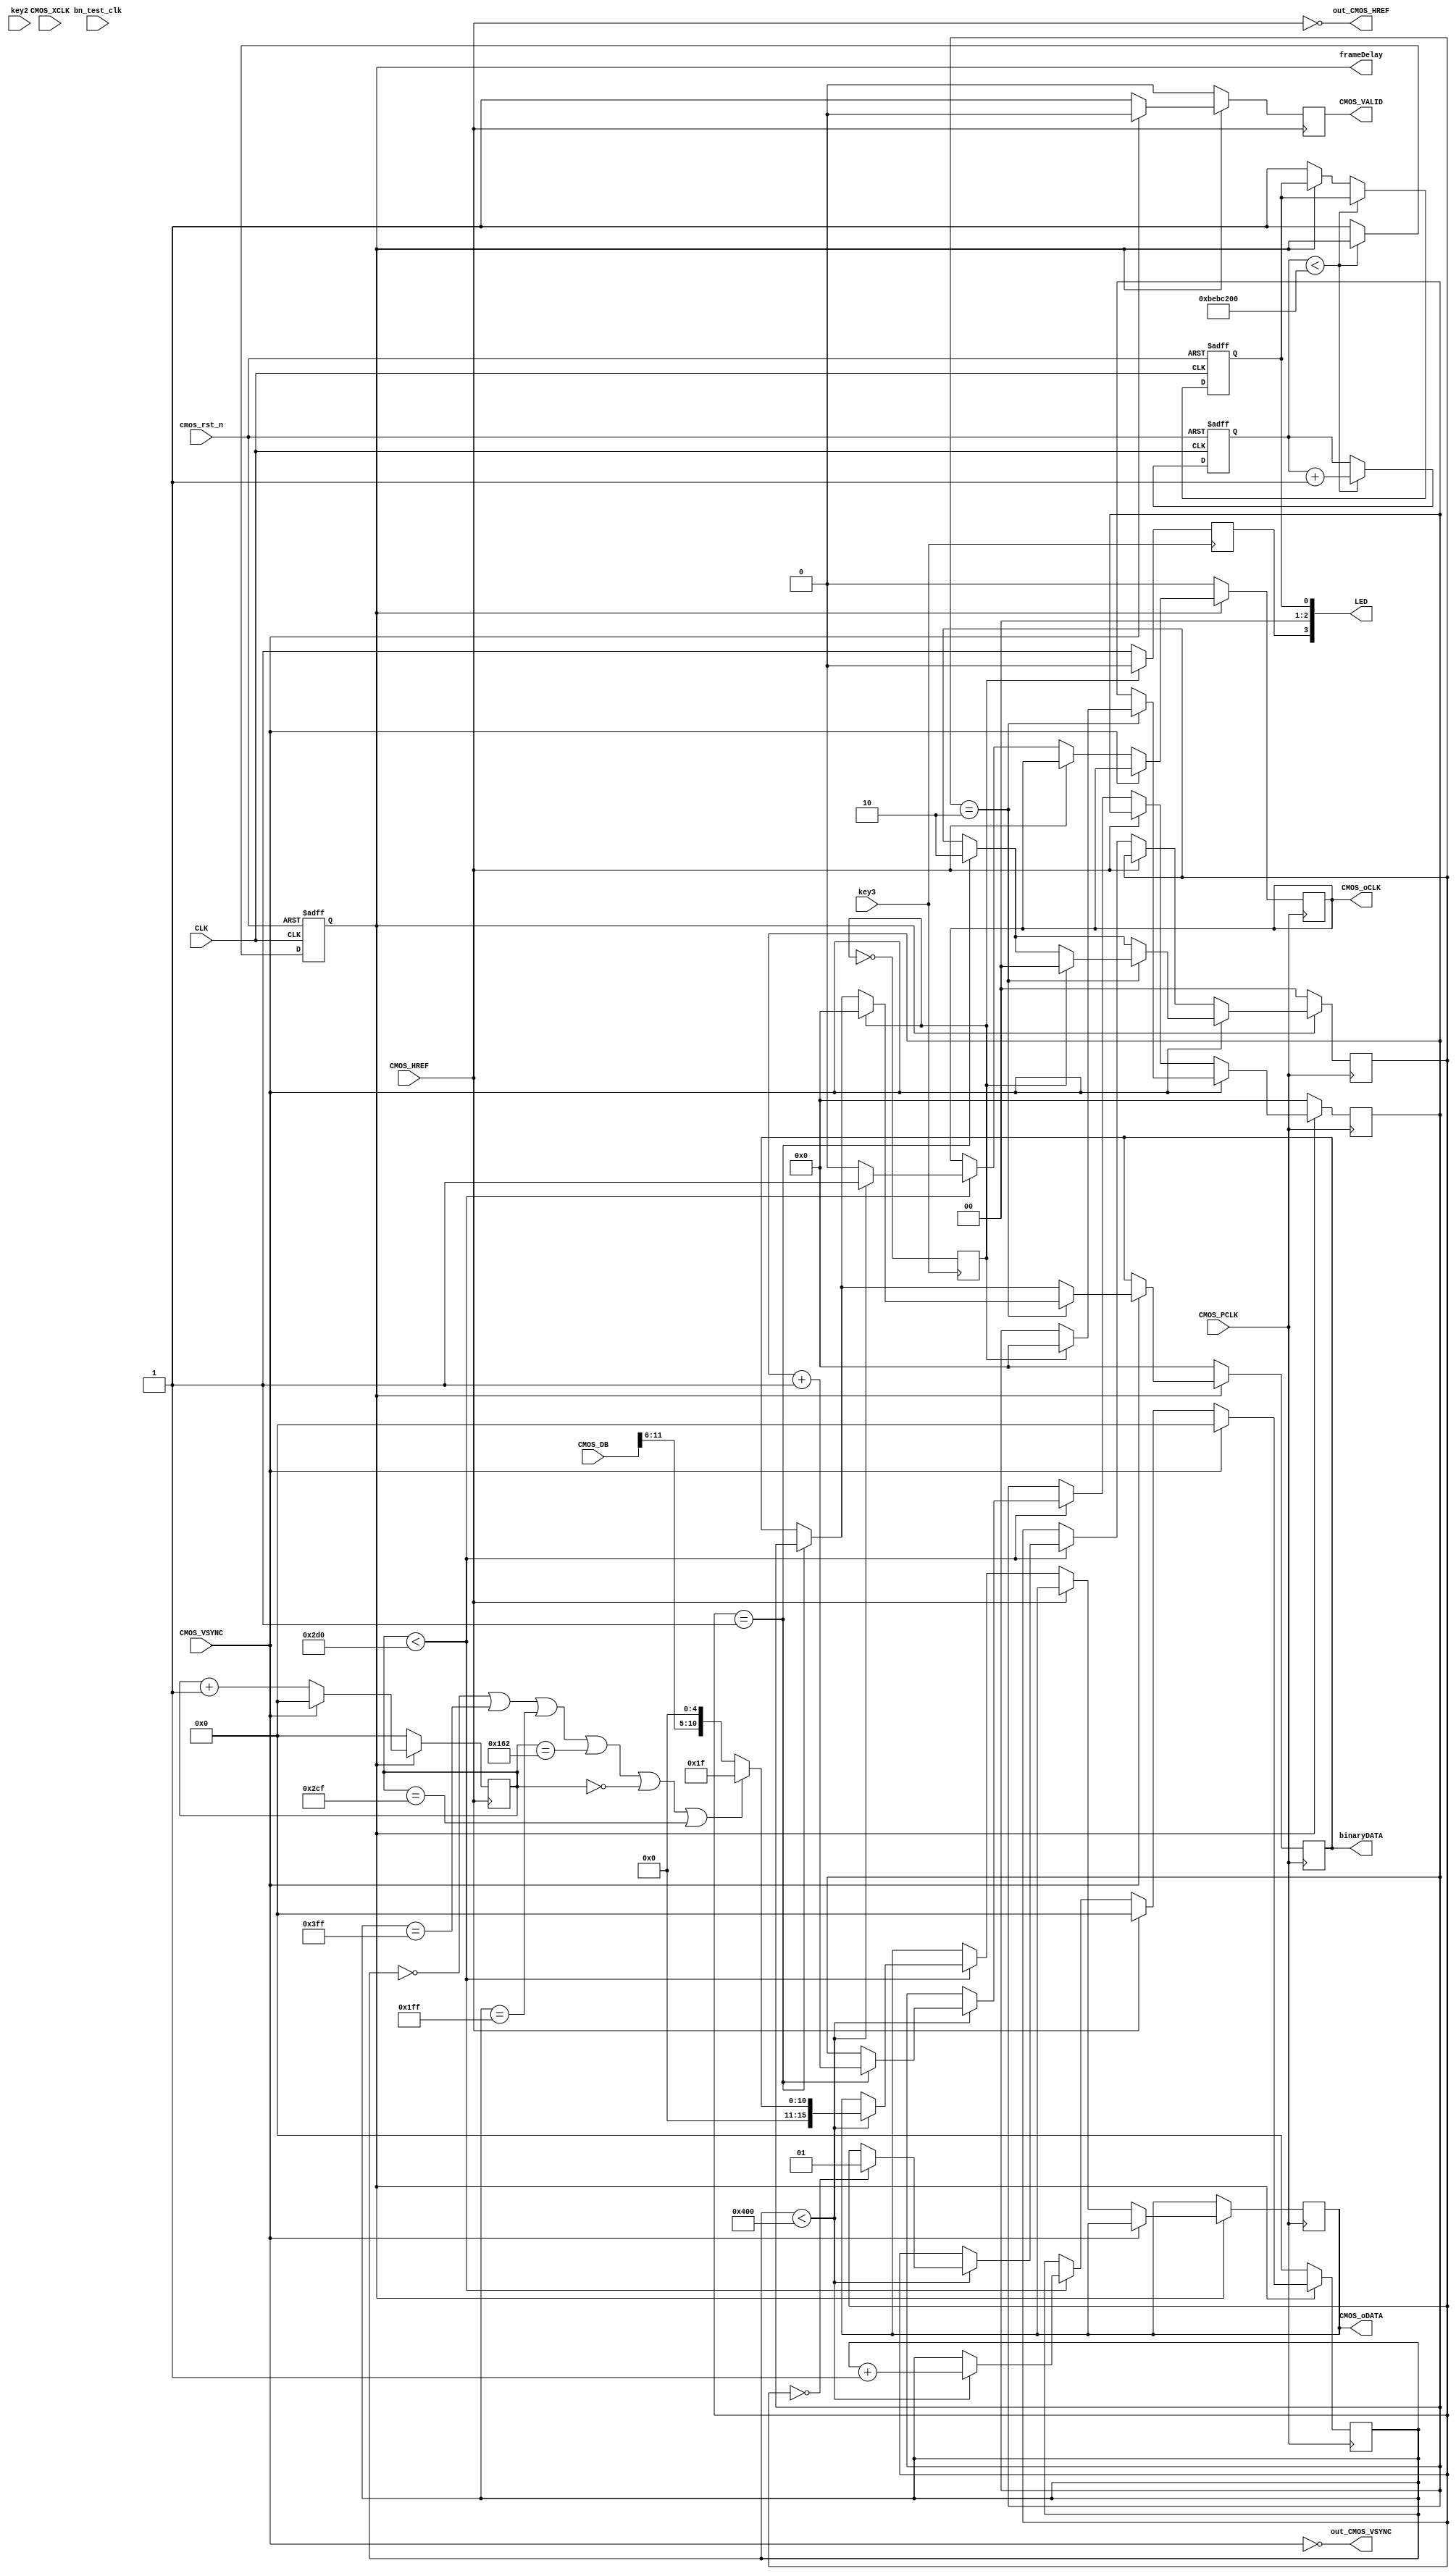
`timescale 1ns / 1ps
//////////////////////////////////////////////////////////////////////////////////
module bn_vga2(
   input  CLK,     
   //output [4:0] RED,   
   //output [5:0] GREEN,   
   //output [4:0] BLUE,   
   //output HS, //vga HS 
   //output VS, //vga VS 

	//----------------------------
	input CMOS_VSYNC,		//cmos vsync
	input CMOS_HREF,		//cmos hsync refrence
	input CMOS_PCLK,		//cmos pxiel clock
	input CMOS_XCLK,		//cmos externl clock
	input [11:0]CMOS_DB,	//cmos data
	input cmos_rst_n,		//cmos reset
   output [3:0] LED,

   //test out CMOS
	output out_CMOS_VSYNC,   
	output out_CMOS_HREF,	 	
   output frameDelay,

   //input  key1, 	
	input  key2, 
   input  key3,
 	//input  key4
	//output [11:0] out_cmos_vs_cnt,
	//output [11:0] out_cmos_hs_cnt
	/*
	output reg CMOS_oCLK,			//Data PCLK
	output reg	[15:0]	CMOS_oDATA,  	//16Bits RGB
	output reg CMOS_VALID		//Data Enable 	
   */	
	//Ouput Sensor Data
	output	reg			 CMOS_oCLK,		//1/2 PCLK
	output	reg	[15:0] CMOS_oDATA,		//16Bits RGB		
	output	reg			 CMOS_VALID,		//Data Enable	
	//---------------------
	output  [23:0] binaryDATA,
	input bn_test_clk
);

  reg [23:0] rg_binaryDATA; 
  reg [23:0] rg_binaryDATA_tmp; 
  reg [1:0] fl_stop;
  assign binaryDATA=rg_binaryDATA;
  //assign CMOS_oCLK = CMOS_PCLK; 
  //-----------------------------
  parameter Hmax=1024;//100;//320;//160;//160;//120;//160
  parameter Vmax=720;//60;//240;//120;//120;//80;//120
  parameter HVmax=Hmax*Vmax;
  parameter HVmax_1=HVmax-1; 
  
  parameter Hmax_1=Hmax-1;
  parameter Vmax_1=Vmax-1;

  //parameter Hmax11=Hmax-40;
  //parameter Vmax11=Vmax-40;
  
  //parameter Hmax12=Hmax11+20;
  //parameter Vmax12=Vmax11+20;  
  //--------------------------------  
  //reg fl_frame_view=0;
  
  reg rgLED0=1'b0;
  reg rgLED1=1'b0;
  reg rgLED2=1'b0;
  reg rgLED3=1'b0;
  //-----------------------------	  
  //reg vga_rg_hs,vga_rg_vs;   
  //reg [11:0] vga_hs_cnt;  
  //reg [9:0]  vga_vs_cnt;   
 
  //reg [4:0]  rgRED;
  //reg [5:0]  rgGREEN;   
  //reg [4:0]  rgBLUE;   
   
  //reg [5:0]  mImgG[0:HVmax];
  //reg [4:0]  mImgR[0:HVmax_1];
  //reg [4:0]  mImgB[0:HVmax_1];
  
  //reg [5:0] m2ImgG[0:Hmax_1] [0:Vmax_1];
  
  //reg rgStart=1'b1; 

  //reg [17:0] cn2_mImg=0;
  //reg [17:0] cn3_mImg=0;  
 
  wire nCMOS_VSYNC;   
  wire nCMOS_HREF;  
  
  assign nCMOS_VSYNC=~CMOS_VSYNC;
  assign nCMOS_HREF=~CMOS_HREF;

  assign out_CMOS_VSYNC=nCMOS_VSYNC;
  assign out_CMOS_HREF=nCMOS_HREF;
	
  //assign HS=vga_rg_hs;
  //assign VS=vga_rg_vs; 
  
  //assign RED=rgRED;
  //assign GREEN=rgGREEN;
  //assign BLUE=rgBLUE;
   	  
  assign LED[0]=rgLED0;
  assign LED[1]=rgLED1;
  assign LED[2]=rgLED2;
  assign LED[3]=rgLED3;
  
  //-------------------------------
  //start delay 4 s
  reg [27:0] count_startDelay;//=123456;
  reg fl_StartDelay;
  reg fl_StartDelay_stop;
  
  //reg [1:0] rgkey1=0;
  //reg rgkey1=0;
  reg rgkey2=0;
  reg rgkey3=0;
  reg odd=0;
   
  always @(posedge key3)//key4
  begin
     odd=~odd;
	  if (odd==1) rgLED3<=1;
	  else rgLED3<=0;
  end

  always @(posedge key2)
  begin
     rgkey2=~rgkey2;
  end

  assign frameDelay=fl_StartDelay_stop;
  
  always @(posedge CLK or negedge cmos_rst_n) //50MHz  
  begin
  	if(!cmos_rst_n) begin
		rgLED0<=1'b0;
		count_startDelay<=0;
		fl_StartDelay_stop<=0;
	end	
	else begin
		if (count_startDelay<200_000_000) count_startDelay<=count_startDelay+1;
		else begin
		  if (fl_StartDelay_stop==0) begin
		      rgLED0<=1'b1;
		      fl_StartDelay_stop<=1;
		  end;
		end
	end
  end
  //---------------------------------------------- 
  /*
  always @(posedge CLK) //50MHz  
  begin
      if ((857<=vga_hs_cnt)&&(vga_hs_cnt<=977)) vga_rg_hs<=0;  
      else vga_rg_hs<=1;   
      if(vga_hs_cnt==1039)  
		  begin                   
              vga_hs_cnt<=0;    
              if (vga_vs_cnt==665)    vga_vs_cnt<=0;   
              else vga_vs_cnt<=vga_vs_cnt+1; 
		  end               
        else vga_hs_cnt<=vga_hs_cnt+1; 
        if ((638<=vga_vs_cnt)&&(vga_vs_cnt<=644)) vga_rg_vs<=0;  
        else vga_rg_vs<=1;             
  end   
  //-------------------------------
  always @(posedge CLK)//or posedge fl_StartDelay_stop)  
  begin   
	 if (fl_StartDelay_stop==0) begin 	 
		 rgRED   <=5'b00000;
		 rgGREEN <=6'b000000;
		 rgBLUE  <=5'b00000; 
		 //cn2_mImg<=0;
	 end
	 else begin
		 if (vga_vs_cnt<Vmax) begin 
			 if (vga_hs_cnt<Hmax) begin 
				 //cn2_mImg<=cn2_mImg+1;
				 rgRED   <=5'b00000;//mImgR[cn2_mImg];//5'b00111;
				 //rgGREEN <=mImgG[cn2_mImg];
				 rgGREEN <=m2ImgG[vga_hs_cnt][vga_vs_cnt];
				 rgBLUE  <=5'b00000;//5'b00011;
			 end	//if (vga_hs_cnt<Hmax)	
          else begin
	          rgRED   <=5'b00000;
		       rgGREEN <=6'b000000;
		       rgBLUE  <=5'b00000; 				 
          end			 
		 end //if (vga_vs_cnt<Vmax)		 
		 else begin
		    //cn2_mImg<=0;
	       rgRED   <=5'b00000;
		    rgGREEN <=6'b000000;
		    rgBLUE  <=5'b00000; 			 
		 end;//else if (vga_vs_cnt<Vmax)
	 end //else if (fl_StartDelay_stop==0)
  end 
//----------------------------------------------------
*/
reg [11:0]	cmos_vs_cnt;
reg [17:0]  cmos_shift_cnt;
//reg string_state;
assign out_cmos_vs_cnt=cmos_vs_cnt;
always@ (posedge nCMOS_HREF)//(negedge nCMOS_HREF)// or posedge fl_StartDelay_stop)// or negedge cmos_rst_n)
begin
	if(fl_StartDelay_stop==0) begin
		cmos_vs_cnt<=0;
		//string_state<=0;//odd;
		//fl_frame_view<=0;
		cmos_shift_cnt<=0;
		//fl_stop<=0;
		//rg_binaryDATA_tmp<=0;
		//rg_binaryDATA<=0;		
		CMOS_VALID <=0;
		//Frame_valid<=0;
	end	
	else begin
		if (nCMOS_VSYNC==1) begin
		    //CMOS_VALID <= nCMOS_VSYNC;
			 //Frame_valid<=1;
			 CMOS_VALID <=1;
		   //fl_stop<=1;
			cmos_vs_cnt<=cmos_vs_cnt+1;
			//string_state<=~string_state;
			cmos_shift_cnt<=cmos_vs_cnt*Hmax;
		end	
		else begin
        //if (fl_stop==1) begin
		    //fl_stop<=2;
			 //rg_binaryDATA[11:0]<=cmos_vs_cnt;	
        //end	
        CMOS_VALID <=0;		  
		  cmos_vs_cnt<=0;
		  cmos_shift_cnt<=0;
          //if (fl_stop==1) begin //
			    //fl_stop<=2;
				 //rg_binaryDATA<=rg_binaryDATA_tmp;	
          //end				 
		  //string_state<=0;//odd;
		end  
	end //else if(!cmos_rst_n)
end	
//-------------------------------------------------
//-------------------------------------------------
//reg [1:0] byte_state;		//byte state count
reg [11:0] cmos_hs_cnt;	
assign out_cmos_hs_cnt=cmos_hs_cnt;
always@(posedge CMOS_PCLK)// or posedge fl_StartDelay_stop)// or negedge cmos_rst_n)
begin
	if(fl_StartDelay_stop==0) begin
		//byte_state <= 0;
      cmos_hs_cnt<=0;
		//cn3_mImg<=0;
		fl_stop<=0;
		rg_binaryDATA<=0;
		rg_binaryDATA_tmp<=0;
      //CMOS_VALID <=0;
      CMOS_oCLK <= 0;		
	end
	else begin
			  if (nCMOS_VSYNC ==1) begin
			   //CMOS_VALID <=1; 
				if (nCMOS_HREF==1)	begin//Line field effective
				  //cmos_hs_cnt<=cmos_hs_cnt+1;
				  //CMOS_oCLK <= 1;
				  //fl_stop<=1;
				  //CMOS_oDATA[10:5] <= CMOS_DB[11:6];
				  /*
				  //---------------------------
              if(cmos_vs_cnt<272) begin					
				    if (cmos_hs_cnt<480)begin
					     CMOS_oDATA[10:5] <= CMOS_DB[11:6];
                end
              end	
              */				  
				  //---------------------------
              if(cmos_vs_cnt<Vmax) begin					
				   if (cmos_hs_cnt<Hmax)begin	
					       if (fl_stop==0) fl_stop<=1;
					       cmos_hs_cnt<=cmos_hs_cnt+1;
					       //---CMOS_VALID <=1; 
							 CMOS_oCLK <= 1;
							 if((cmos_hs_cnt==0) || (cmos_hs_cnt==1023) || (cmos_hs_cnt==511) || (cmos_vs_cnt==354) || (cmos_vs_cnt==0) || (cmos_vs_cnt==719)) CMOS_oDATA[15:0] <= 16'b00000_000000_11111;
							 else CMOS_oDATA[15:0] <= {5'b00000,CMOS_DB[11:6],5'b00000};
							 if (fl_stop==1) rg_binaryDATA_tmp<=rg_binaryDATA_tmp+1;
					       //CMOS_oDATA[10:5] <= 6'b011111;
							 //if((cmos_hs_cnt<500) && (cmos_vs_cnt<370)) CMOS_oDATA[15:0] <= 16'b01111_000000_00000;
							 //else CMOS_oDATA[15:0] <= 16'b00000_011111_00000;//{5'b00000,CMOS_DB[11:6],5'b00000};//16'b01111_000000_00000;
							 //---if (fl_stop==0) rg_binaryDATA_tmp<=rg_binaryDATA_tmp+1;
							 
							 /*
                      if ((lcd_xpos == 512 ) || (lcd_ypos == 372 )) rg_lcd_data2= 16'b00000_111111_00000;
                      else rg_lcd_data2= sys_data_out;//16'b00000_000000_00000;							 
							 */
                      //cn3_mImg<=cmos_shift_cnt + cmos_hs_cnt;
                      //mImgG[cn3_mImg]<=CMOS_DB[11:6];
							 
							 //m2ImgG[cmos_hs_cnt][cmos_vs_cnt]<=CMOS_DB[11:6];
							 
							 /*
                      if (string_state==odd) begin
									case (rgkey2)
									0:begin
										rgLED1<=1'b0;
										rgLED2<=1'b0;
										case(byte_state)
										0:	begin							  								  
												mImgG[cn3_mImg]<=CMOS_DB[11:6];																  
												byte_state <=1;
										end  
										1:	begin
											  mImgG[cn3_mImg]<=0;
											  byte_state <=0;
										end 					
										endcase //(byte_state)
									end
									1:begin
										rgLED1<=1'b1;
										rgLED2<=1'b0;
										case(byte_state)
										0:	begin							  								  
												mImgG[cn3_mImg]<=0;														  
												byte_state <=1;
										end  
										1:	begin
											  mImgG[cn3_mImg]<=CMOS_DB[11:6];
											  byte_state <=0;
										end 					
										endcase //(byte_state)
									end								
									endcase //rgkey1
							 end	//if (string_state==0)
							 else begin
							    mImgG[cn3_mImg]<=0;
							 end;//end else if (string_state==0)
							 */
                end //if (cmos_vga_hs_cnt<cmosHmax)
					 else begin
					    CMOS_oCLK <= 0;
					 end
              end	//if (cmos_vga_vs_cnt<cmosVmax)	
              else begin
				     //cn3_mImg<=0;
					  //CMOS_VALID <=0;
					  //CMOS_oCLK <= 0;
                 //CMOS_oDATA[10:5] <= 6'b000000;	
				     //if (fl_stop==1) begin
					     //---fl_stop<=1;
					     //rg_binaryDATA[11:0]<=cmos_hs_cnt;
                    //---rg_binaryDATA<=rg_binaryDATA_tmp;					  
				     //end						  
              end				  
				end //if (CMOS_HREF==1)
				else begin
				   /*
				   if (fl_stop==1) begin
					  fl_stop<=2;
					  //rg_binaryDATA[11:0]<=cmos_hs_cnt;
                 rg_binaryDATA<=rg_binaryDATA_tmp;					  
				   end	
               */					
					cmos_hs_cnt<=0;
					//CMOS_oCLK <= 0;
					//byte_state <= 0;
				end //else if (CMOS_HREF==1)
			end //if(CMOS_VSYNC ==1)
			else begin			
				cmos_hs_cnt<=0;
				//CMOS_oCLK <= 0;
				//CMOS_VALID <=0;
            //byte_state <= 0;
            if (fl_stop==1) begin //
			      fl_stop<=2;
				   rg_binaryDATA<=rg_binaryDATA_tmp;
				   //result:rg_binaryDATA=//737279// 1023*720=737280
            end 
            if (fl_stop==2) begin
				   if (odd==1) begin
		             fl_stop<=0;
		             rg_binaryDATA<=0;
		             rg_binaryDATA_tmp<=0;					
					end
            end				
			end;//else if(CMOS_VSYNC ==1)
		//end;//if (fl_StartDelay_stop==1) begin 
	end;//else if (fl_StartDelay_stop==0)
end 
 
//-------------------
//CMOS_DATA Data synchronous output enable clock
/*
always@(CMOS_PCLK)// or negedge iRST_N)
begin
	if(fl_StartDelay_stop==0) begin
		CMOS_oCLK <= 0;
	end	
	else begin
	     CMOS_oCLK <= CMOS_PCLK;
   end		
end
*/
//assign CMOS_oCLK = CMOS_PCLK;
/*
always@(posedge CMOS_PCLK)// or negedge iRST_N)
begin
	if(fl_StartDelay_stop==0) begin
		CMOS_oCLK <= 0;
	end	
	else begin
	     if (nCMOS_HREF==1) CMOS_oCLK <= CMOS_PCLK;
	     else  CMOS_oCLK <= 0;
   end		
end
*/
/*
//-------------------
//CMOS_VALID
//assign CMOS_VALID=nCMOS_VSYNC;
always@(posedge CMOS_PCLK)// or negedge iRST_N)
begin
	if(fl_StartDelay_stop==0) begin
		CMOS_VALID <= 0;
	end	
	else begin
	     if (nCMOS_VSYNC==1) begin
		    if(cmos_vs_cnt<272) begin
			    CMOS_VALID <= 1;
			 end
			 else begin
			    CMOS_VALID <= 0;
			 end
		  end
		  else begin
		     CMOS_VALID <= 0;
		  end
   end		
end
//-------------------
*/
reg [11:0] test_hs_cnt;	
reg [11:0] test_vs_cnt;	

always@(posedge bn_test_clk)// or negedge iRST_N)
begin
	if(fl_StartDelay_stop==0) begin
		//CMOS_oCLK <= 0;
		//CMOS_VALID <= 0;
		//rg_binaryDATA<=0;
		//rg_binaryDATA_tmp<=0;
      test_hs_cnt<=0;
      test_vs_cnt<=0;
      //fl_stop<=0;		
	end	
	else begin
	     if(test_vs_cnt<Vmax) begin
		     //CMOS_VALID <= 1;
		     //test_vs_cnt<=test_vs_cnt+1; 		  
		     if (test_hs_cnt<Hmax) begin
			     test_hs_cnt<=test_hs_cnt+1; 
			     //CMOS_oCLK <= 1;
				  //if (fl_stop==0) fl_stop<=1;
              /*			  
				  if((test_hs_cnt==0) || (test_hs_cnt==1023) || (test_hs_cnt==511) || (test_vs_cnt==354) || (test_vs_cnt==0) || (test_vs_cnt==719)) CMOS_oDATA[15:0] <= 16'b00000_000000_11111;
				  else begin
				     if((test_hs_cnt<510) && (test_vs_cnt<353)) CMOS_oDATA[15:0] <= 16'b01111_000000_00000;
				     else CMOS_oDATA[15:0] <= 16'b00000_001111_00000;
              end;						  
              if (fl_stop==1) rg_binaryDATA_tmp<=rg_binaryDATA_tmp+1;
				  */
				  //CMOS_oDATA[15:0] <= 16'b00000_001111_00000;
           end //if (test_hs_cnt<Hmax)
			  else begin
			     //CMOS_oCLK <=0;
				  test_hs_cnt<=0;
				  test_vs_cnt<=test_vs_cnt+1; 	
              //if (fl_stop==1) begin //
			       //fl_stop<=2;
				    //rg_binaryDATA<=rg_binaryDATA_tmp;
				    //result:rg_binaryDATA=1023
              //end  				  
			  end
        end //if(test_vs_cnt<Vmax)
		  else begin
		    //CMOS_VALID <= 0; 
			 test_vs_cnt<=0;
          //if (fl_stop==1) begin //
			    //fl_stop<=2;
				 //rg_binaryDATA<=rg_binaryDATA_tmp;
				 ////result:rg_binaryDATA=//737279// 1023*720=737280
          //end  			 
		  end
   end		
end

/*
always@(posedge bn_test_clk)// or negedge iRST_N)
begin
	if(fl_StartDelay_stop==0) begin
		CMOS_oCLK <= 0;
		CMOS_VALID <= 0;
		rg_binaryDATA<=0;
		rg_binaryDATA_tmp<=0;		
	end	
	else begin
	     //CMOS_oCLK <= bn_test_clk;
		  if (rg_binaryDATA_tmp<HVmax) begin
		     CMOS_VALID <= 1;
			  CMOS_oCLK <= 1;
			  rg_binaryDATA_tmp<=rg_binaryDATA_tmp+1;
			  CMOS_oDATA[15:0] <= 16'b01111_000000_00000;
		  end
        else begin
		     CMOS_VALID <= 0;
			  CMOS_oCLK <= 0;
			  rg_binaryDATA_tmp<=0;
        end  		  
   end		
end
*/
endmodule